Annual vaccination report of Bihar and Orissa - 1911-1928
Year: 1911
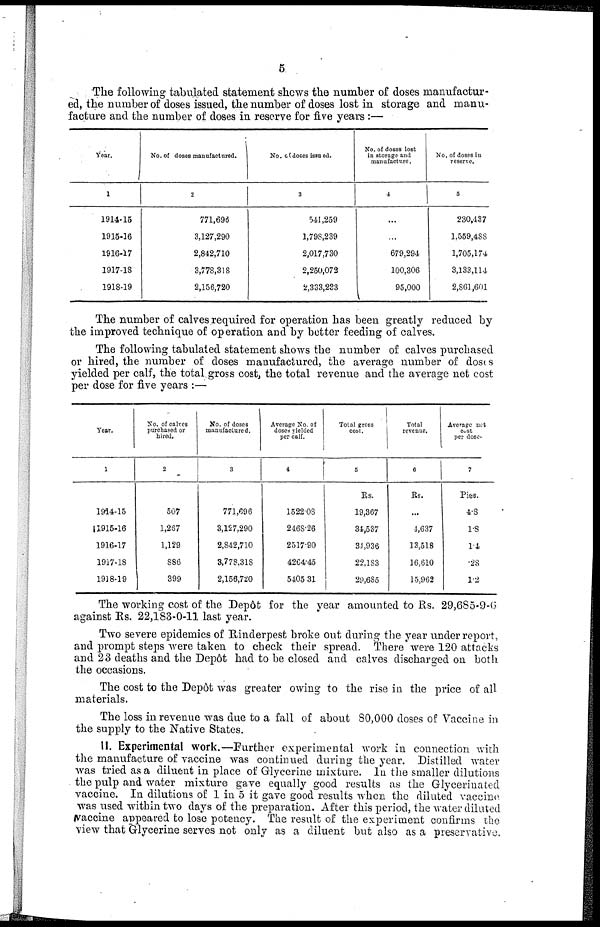
5
The following tabulated statement shows the number of doses manufactur-
ed, the number of doses issued, the number of doses lost in storage and manu-
facture and the number of doses in reserve for five years :—
Year.
1
1914-15
1915-16
1916-17
1917-18
1918-19
No. of doses manufactured.
2
771,696
3,127,290
2,842,710
3,778,318
2,156,720
No. of doses issued.
3
541,259
1,798,239
2,017,730
2,250,072
2,333,233
No. of doses lost
in storage and
manufacture.
4
...
...
679,294
100,306
95,000
No. of doses in
reserve.
5
230,437
1,559,488
1,705,174
3,133,114
2,861,601
The number of calves required for operation has been greatly reduced by
the improved technique of operation and by better feeding of calves.
The following tabulated statement shows the number of calves purchased
or hired, the number of doses manufactured, the average number of doses
yielded per calf, the total gross cost, the total revenue and the average net cost
per dose for five years :—
Year.
1
1914-15
1915-16
1916-17
1917-18
1918-19
No. of calves
purchased or
hired.
2
507
1,267
1,129
886
399
No. of doses
manufactured.
3
771,696
3,127,290
2,842,710
3,778,318
2,156,720
Average No. of
doses yielded
per calf.
4
1522.08
2468.26
2517.90
4264.45
5405.31
Total gross
cost.
5
Rs.
19,367
34,537
34,936
22,183
29,685
Total
revenue.
6
Rs.
...
4,637
13,518
16,610
15,962
Average not
cost
per dose.
7
Pies.
4.8
1.8
1.4
.28
1.2
The working cost of the Depôt for the year amounted to Rs. 29,685-9-6
against Rs. 22,183-0-11 last year.
Two severe epidemics of Rinderpest broke out during the year under report,
and prompt steps were taken to check their spread. There were 120 attacks
and 23 deaths and the Depôt had to be closed and calves discharged on both
the occasions.
The cost to the Depôt was greater owing to the rise in the price of all
materials.
The loss in revenue was due to a fall of about 80,000 doses of Vaccine in
the supply to the Native States.
11. Experimental work.—Further experimental work in connection with
the manufacture of vaccine was continued during the year. Distilled water
was tried as a diluent in place of Glycerine mixture. In the smaller dilutions
the pulp and water mixture gave equally good results as the Glycerinated
vaccine. In dilutions of 1 in 5 it gave good results when the diluted vaccine
was used within two days of the preparation. After this period, the water diluted
vaccine appeared to lose potency. The result of the experiment confirms the
view that Glycerine serves not only as a diluent but also as a preservative.